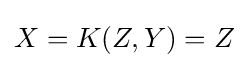
X=K(Z,Y)=Z